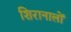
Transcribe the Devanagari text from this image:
शिरानालों